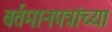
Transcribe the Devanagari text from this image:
वर्तमानपत्रांच्या